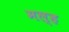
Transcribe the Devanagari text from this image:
मल्ह